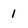
Character: 1